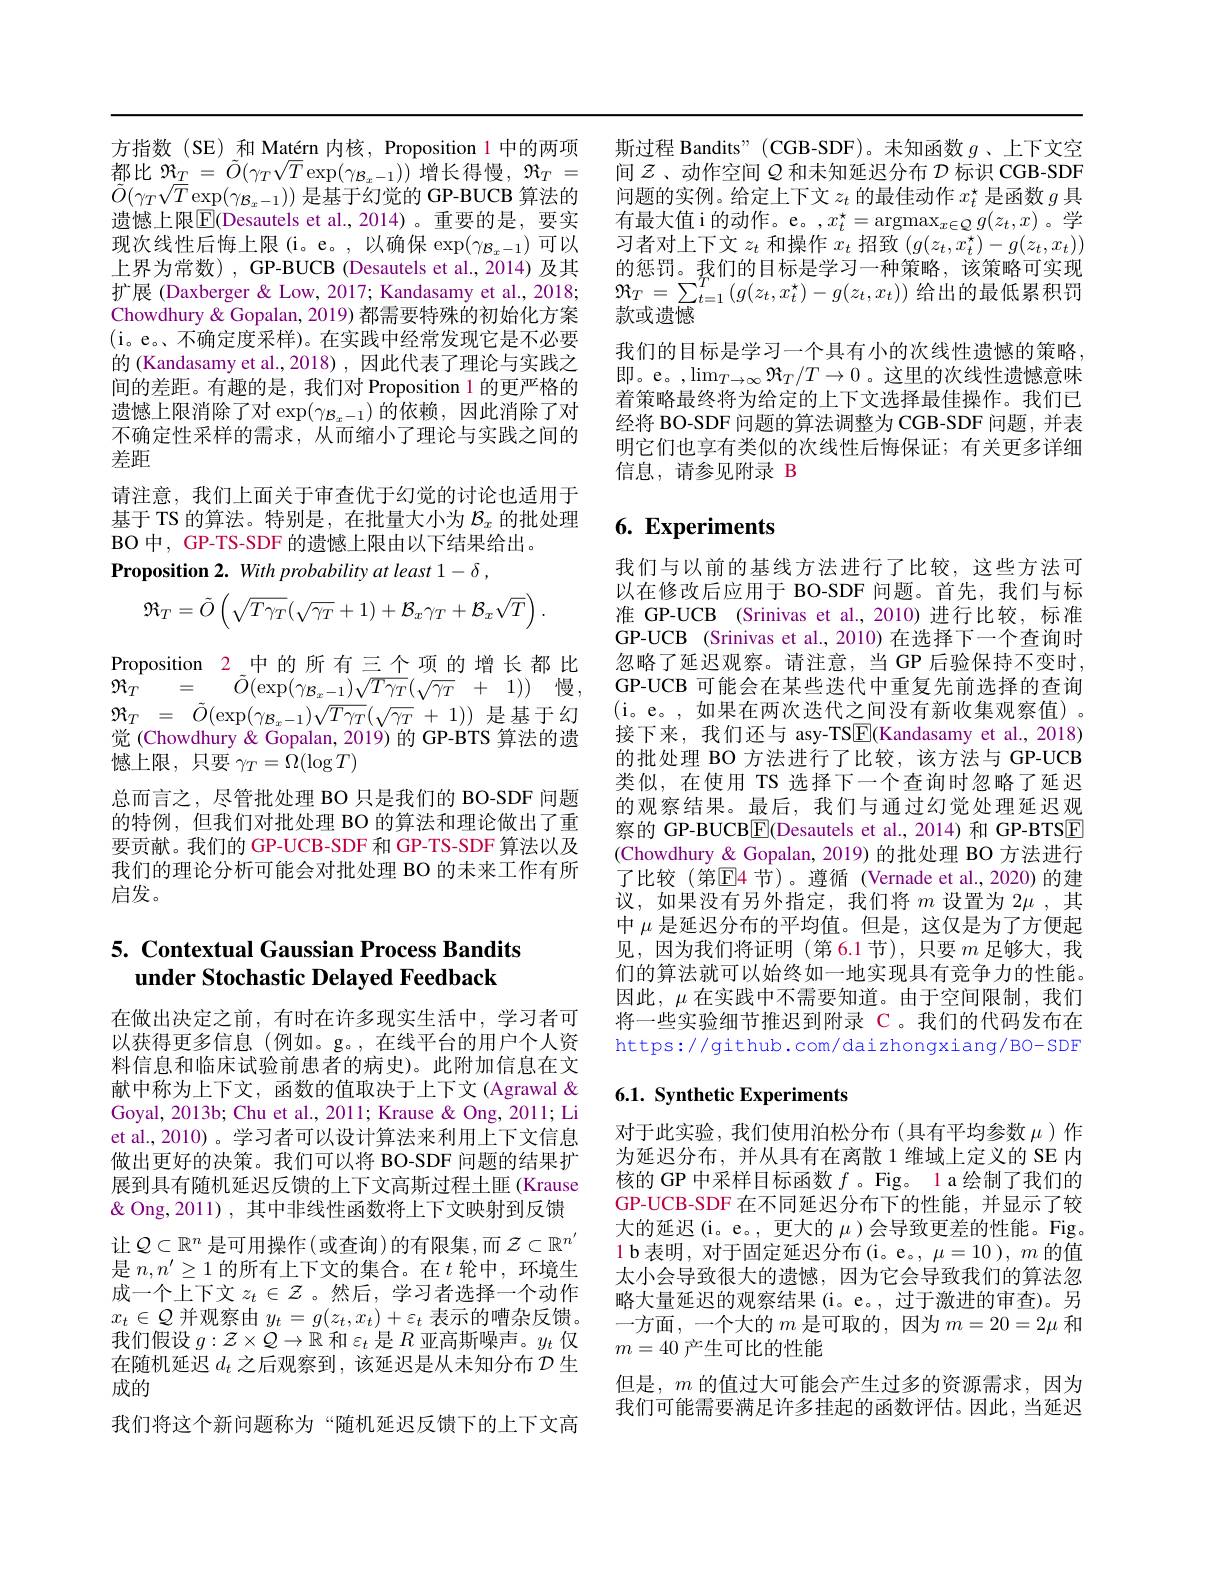
方指数(SE) 和 Matérn 内核，Proposition 1 中的两项都比 $\Re_T=\tilde{O}(\gamma_T\sqrt{T}\exp(\gamma_{\mathcal{B}_x-1}))$增长得慢$,\Re_T=$ $\tilde{O}(\gamma_{T}\sqrt{T}\exp(\gamma_{\mathcal{B}_x-1}))$是基于幻觉的 GP-BUCB 算法的遗憾上限$\boxed{\mathrm{E}}($Desautels et al.,2014)。重要的是，要实现次线性后悔上限(i。e。,以确保$\exp(\gamma_\mathcal{B}_x-1)$可以上界为常数) , GP-BUCB (Desautels et al., 2014) 及其扩展 (Daxberger & Low, 2017; Kandasamy et al., 2018; Chowdhury & Gopalan, 2019) 都需要特殊的初始化方案(i。e。、不确定度采样)。在实践中经常发现它是不必要的 (Kandasamy et al.,2018) , 因此代表了理论与实践之间的差距。有趣的是，我们对 Proposition 1 的更严格的遗憾上限消除了对$\exp(\gamma_{\mathcal{B}_x-1})$的依赖，因此消除了对不确定性采样的需求，从而缩小了理论与实践之间的差距
请注意，我们上面关于审查优于幻觉的讨论也适用于基于 TS 的算法。特别是，在批量大小为$\mathcal{B}_x$的批处理BO 中，GP-TS-SDF 的遗憾上限由以下结果给出。
Proposition 2. With probability at least 1- δ ,
$$\mathfrak{R}_T=\tilde{O}\left(\sqrt{T\gamma_T}(\sqrt{\gamma_T}+1)+\mathcal{B}_x\gamma_T+\mathcal{B}_x\sqrt{T}\right).$$
Proposition 2 中的所有三个项的增长都比${\mathcal{R} _{T}}$ = ${\tilde{O} }( \exp ( \gamma _{\mathcal{B} _{x}- 1}) \sqrt {T\gamma _{T}}( \sqrt {\gamma _{T}}$ + 1)) 慢$\Re _{T}$ = $\tilde{O} ( \exp ( \gamma _{\mathcal{B} _x- 1}) \sqrt {T\gamma _T}( \sqrt {\gamma _T}$ + 1))是基于幻觉 (Chowdhury & Gopalan, 2019) 的 GP-BTS 算法的遗憾上限，只要$\gamma_T=\Omega(\log T)$
总而言之，尽管批处理 BO 只是我们的 BO-SDF 问题的特例，但我们对批处理 BO 的算法和理论做出了重要贡献。我们的 GP-UCB-SDF 和 GP-TS-SDF 算法以及我们的理论分析可能会对批处理 BO 的未来工作有所启发。

## 5. Contextual Gaussian Process Bandits under Stochastic Delayed Feedback

在做出决定之前，有时在许多现实生活中，学习者可以获得更多信息(例如。g。,在线平台的用户个人资料信息和临床试验前患者的病史)。此附加信息在文献中称为上下文，函数的值取决于上下文 (Agrawal & Goyal, 2013b; Chu et al., 2011; Krause & 2011; Li et al., 2010)。学习者可以设计算法来利用上下文信息做出更好的决策。我们可以将 BO-SDF 问题的结果扩展到具有随机延迟反馈的上下文高斯过程土匪(Krause & Q Ong, 2011) , 其中非线性函数将上下文映射到反馈让$\mathcal{Q}\subset\mathbb{R}^n$是可用操作(或查询)的有限集，而$\mathcal{Z}\subset\mathbb{R}^n^{\prime}$ 是$n,n^{\prime}\geq1$的所有上下文的集合。在$t$轮中，环境生成一个上下文$z_t\in\mathcal{Z}$ 。然后，学习者选择一个动作$x_t\in\mathcal{Q}$并观察由$y_t=g(z_t,x_t)+\varepsilon_t$表示的嘈杂反馈。我们假设$g:\mathcal{Z}\times\mathcal{Q}\to\mathbb{R}$和$\varepsilon_t$是$R$亚高斯噪声。$y_t$仅在随机延迟$d_t$之后观察到，该延迟是从未知分布$\mathcal{D}$生成的
我们将这个新问题称为“随机延迟反馈下的上下文高

斯过程 Bandits" (CGB-SDF)。未知函数$g$ 、上下文空间$\mathcal{Z}$、动作空间$\mathcal{Q}$和未知延迟分布$\mathcal{D}$标识 CGB-SDF 问题的实例。给定上下文$z_t$的最佳动作$x_t^\star$是函数$g$具有最大值 i 的动作。e。,$x_t^*=\operatorname{argmax}_{x\in\mathcal{Q}}g(z_t,x)$。学习者对上下文$z_t$和操作$x_t$招致$(g(z_t,x_t^*)-g(z_t,x_t))$ 的惩罚。我们的目标是学习一种策略，该策略可实现$\Re_{T}=\sum_{t=1}^{T}\left(g(z_{t},x_{t}^{\star})-g(z_{t},x_{t})\right)$给出的最低累积罚款或遗憾
我们的目标是学习一个具有小的次线性遗憾的策略。即。e。,$\lim_{T\to\infty}\Re_T/T\to0$。这里的次线性遗憾意味着策略最终将为给定的上下文选择最佳操作。我们已经将 BO-SDF 问题的算法调整为 CGB-SDF 问题，并表明它们也享有类似的次线性后悔保证；有关更多详细信息，请参见附录 B

# 6. Experiments

我们与以前的基线方法进行了比较，这些方法可以在修改后应用于 BO-SDF 问题。首先，我们与标准 GP-UCB (Srinivas et al.,2010)进行比较，标准GP-UCB (Srinivas et al., 2010) 在选择下一个查询时忽略了延迟观察。请注意，当 GP 后验保持不变时， GP-UCB 可能会在某些迭代中重复先前选择的查询(i。e。,如果在两次迭代之间没有新收集观察值)。接下来，我们还与 asy-TS$\underline{\mathrm{E}}$(Kandasamy et al.,2018) 的批处理 BO 方法进行了比较，该方法与 GP-UCB 类似，在使用 TS 选择下一个查询时忽略了延迟的观察结果。最后，我们与通过幻觉处理延迟观察的 GP-BUCB$\boxed{\mathrm{E}}$(Desautels et al.,2014)和 GP-BTSE (Chowdhury& Gopalan, 2019) 的批处理 BO 方法进行了比较(第$\overline{\mathbb{E}}$4 节)。遵循(Vernade et al.,2020)的建议，如果没有另外指定，我们将$m$设置为$2\mu$ ,其中$\mu$是延迟分布的平均值。但是，这仅是为了方便起见，因为我们将证明(第6.1节),只要$m$ 足够大，我们的算法就可以始终如一地实现具有竞争力的性能。因此，$\mu$在实践中不需要知道。由于空间限制，我们将一些实验细节推迟到附录 C 。我们的代码发布在https://github.com/daizhongxiang/BO-SDF

## 6.1. Synthetic Experiments

对于此实验，我们使用泊松分布(具有平均参数$\mu$)作为延迟分布，并从具有在离散 1 维域上定义的 SE 内核的 GP 中采样目标函数$f$ 。Fig。1 a 绘制了我们的GP-UCB-SDF 在不同延迟分布下的性能，并显示了较大的延迟(i。e。, 更大的$\mu$ )会导致更差的性能。Fig。1b 表明，对于固定延迟分布(i。e。, $\mu=10),m$的值太小会导致很大的遗憾，因为它会导致我们的算法忽略大量延迟的观察结果(i。e。,过于激进的审查)。另一方面，一个大的$m$是可取的，因为$m=20=2\mu$和$m=40$产生可比的性能
但是，$m$的值过大可能会产生过多的资源需求，因为我们可能需要满足许多挂起的函数评估。因此，当延迟